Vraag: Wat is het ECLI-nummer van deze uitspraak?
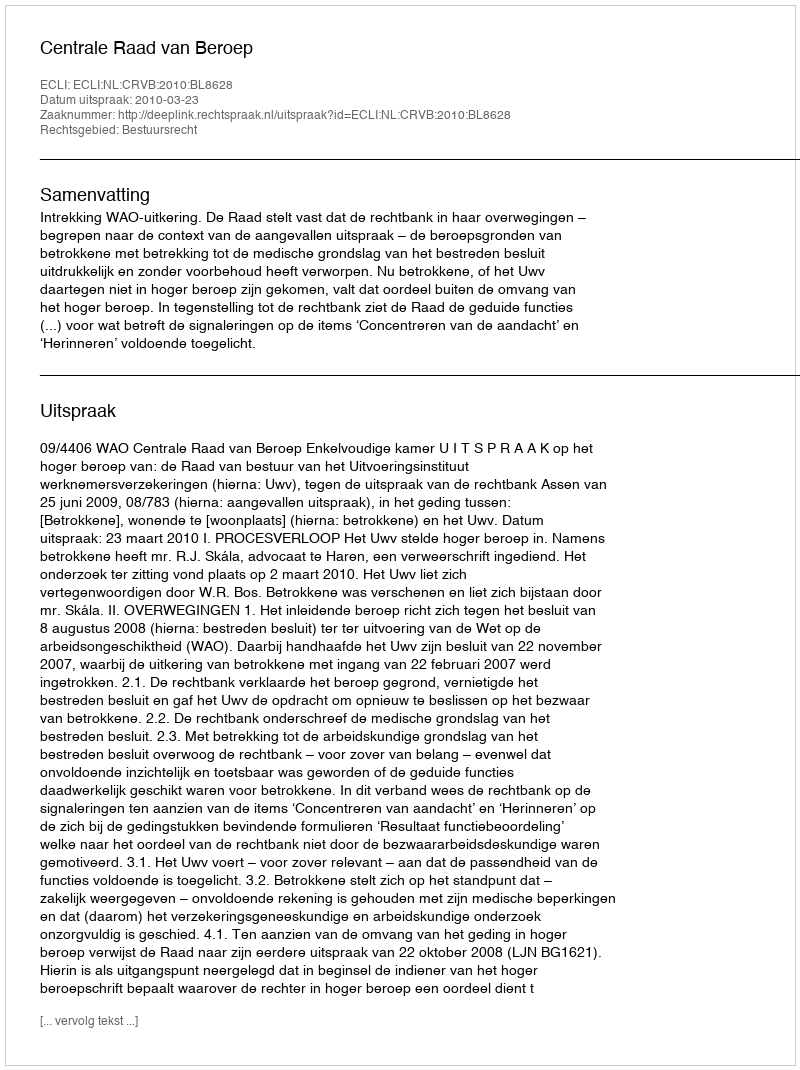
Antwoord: ECLI:NL:CRVB:2010:BL8628